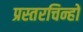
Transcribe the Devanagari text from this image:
प्रस्तरचिन्हों